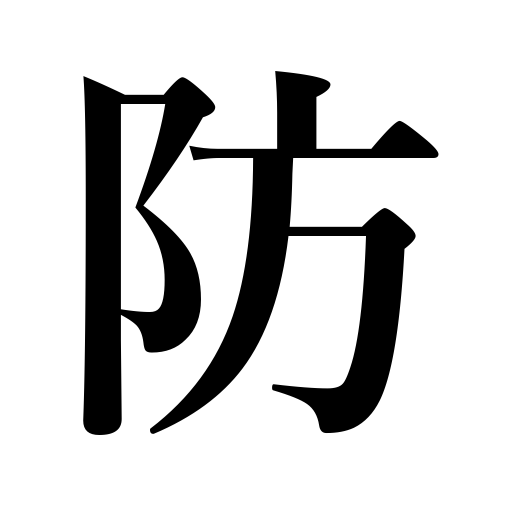
Meanings: keep away,protect,defend,shut out,ward off,prevent,resist